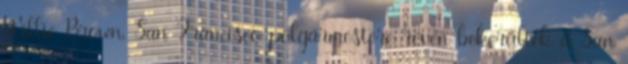
Willie Brown, San Francisco polgármestere révén bekerültek a San